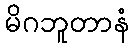
မိဂဘူတာနံ